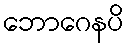
ဘောဂေနပိ